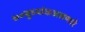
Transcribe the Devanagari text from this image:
७०बुध्यांकअसणारे